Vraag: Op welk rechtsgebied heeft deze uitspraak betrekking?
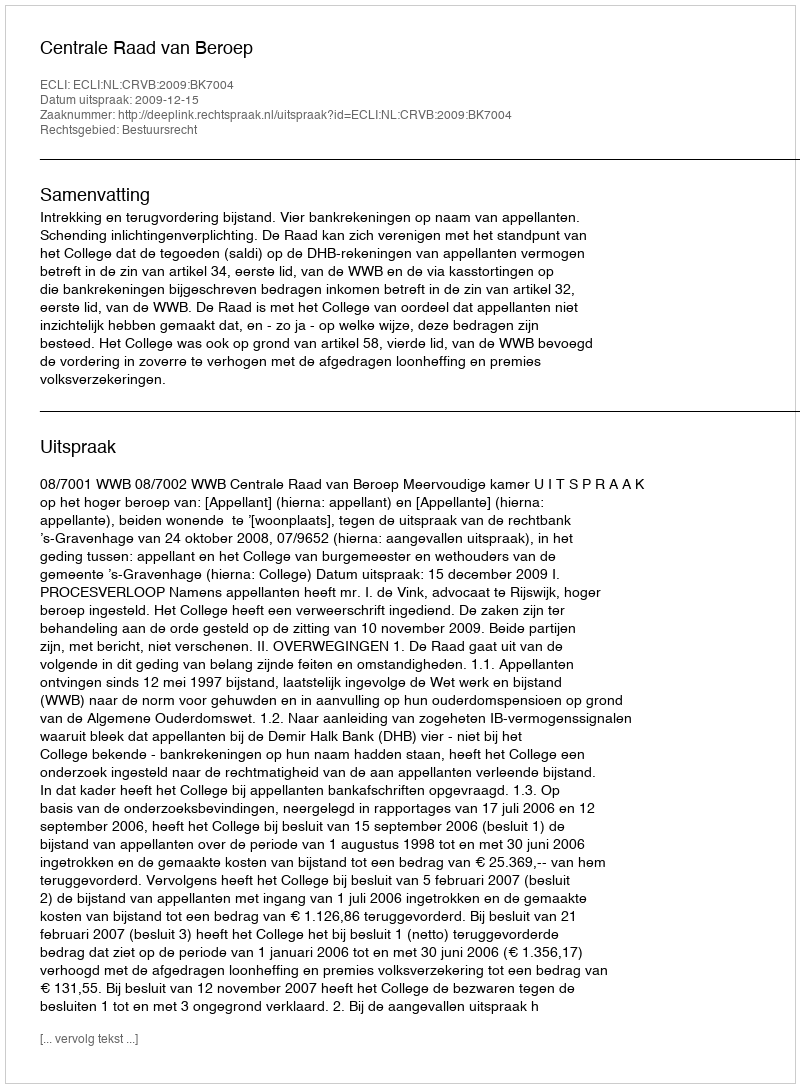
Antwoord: Bestuursrecht